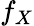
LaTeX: f_{X}